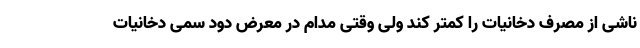
ناشی از مصرف دخانیات را کمتر کند ولی وقتی مدام در معرض دود سمی دخانیات